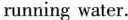
running water.